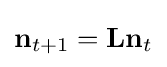
\mathbf {n} _{t+1}=\mathbf {L} \mathbf {n} _{t}